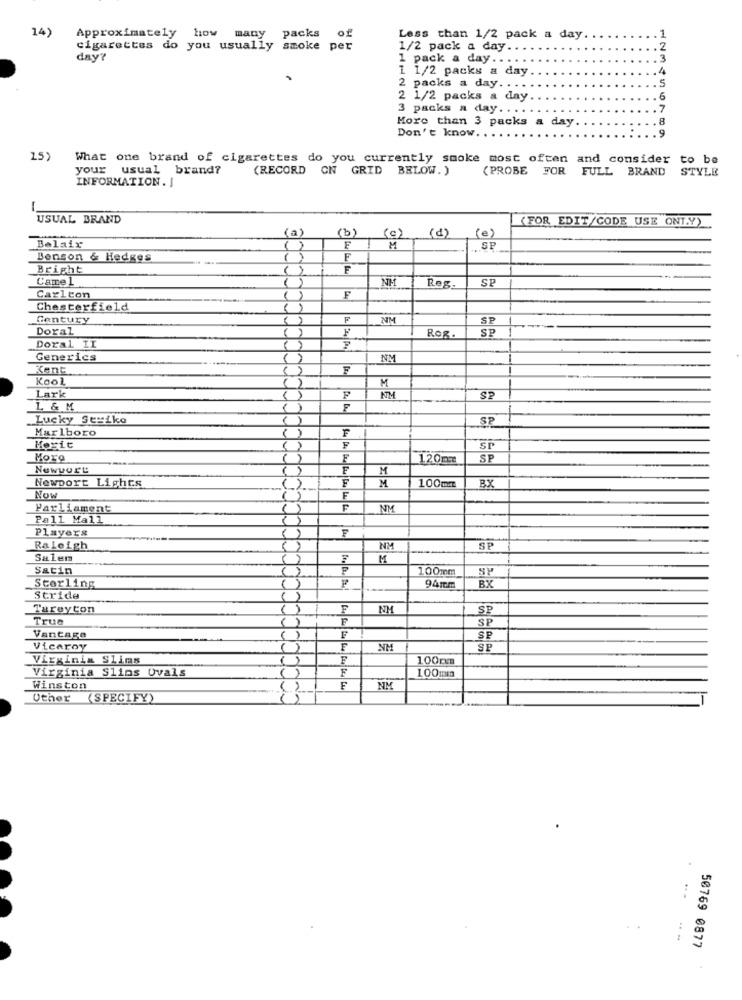
14)
Approximately how
packs
of
many
Less than 1/2 pack a day
cigarettes do you usually smoke per
1/2 pack a day ..
day?
1 pack a day. . . . .
1 1/2 packs a day
2 packs a day ....
2 1/2 packs a day
3 packs a day .... .
More than 3 packs a day
Don't know.
123456789
15)
What one brand of cigarettes do you currently smoke most often and consider to be
your usual brand?
(RECORD CN GRID BELOW. )
(PROBE FOR FULL BRAND
STYLE
INFORMATION. J
USUAL BRAND
(FOR EDIT/CODE USE ONT.Y)
(a)
(b)
(d)
(c)
(e)
Belaix
( )
F
M
.SP
Benson & Hedges
( )
F
Bright
( )
F
Came 1
NM
SP
Reg.
Carlton
F
Chesterfield
Century
F
NM
SP
Doral
SP
Rog
Doral II
Generics
NM
Kent
F
Kool
M
Lark
F
KTH
SP
L & M
F
Lucky Strike
SP
Marlboro
F
Merit
F
SI
More
F
120mm
SP
Newyurt
F
M
Newport Lights
F
M
100mm
BX
F
Now
Parliament
NM
Pall Mall
Players
F
Raleigh
NM
SP
Salem
M
Satin
100mm
SP
Sterling
941m
BX
Stride
Tareyton
F
NM
SP
True
SP
Vantage
SP
Vicaroy
NM
SP
Virginia Slims
F
100m
Virginia Slins Ovals
F
Winston
( )
F
NM
Uther
(SPECIFY)
( )
.....
50769 0877